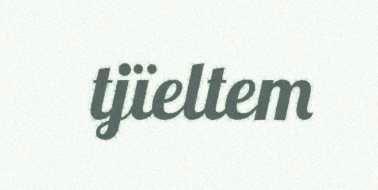
tjïeltem